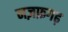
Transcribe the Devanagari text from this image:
नज़फ़गढ़